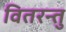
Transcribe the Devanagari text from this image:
वितरन्तु